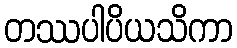
တဿပါပိယသိကာ